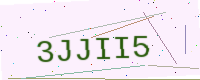
Text: 3JJII5